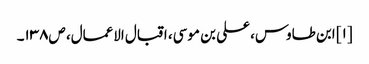
[۱] ابن طاوس، علی بن موسی، اقبال الاعمال، ص۱۳۸۔